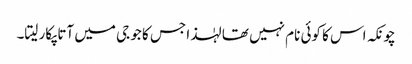
چونکہ اس کا کوئی نام نہیں تھا لہٰذا جس کا جو جی میں آتا پکار لیتا۔